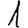
Digit: 1